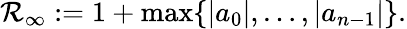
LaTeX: \mathcal{R}_{\infty}:=1+\operatorname*{max}\{ |a_{0}|,\ldots,|a_{n-1}|\} .